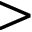
>